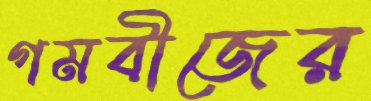
গমবীজের